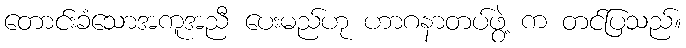
တောင်းခံသောအကူအညီ ပေးမည်ဟု ဟာဂနာတပ်ဖွဲ့ က တင်ပြသည်။